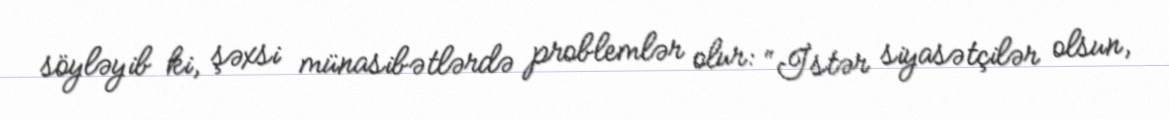
söyləyib ki, şəxsi münasibətlərdə problemlər olur: “İstər siyasətçilər olsun,